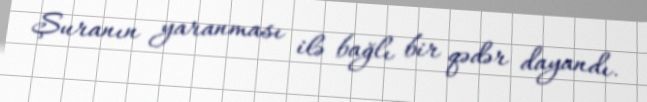
Şuranın yaranması ilə bağlı bir qədər dayandı.